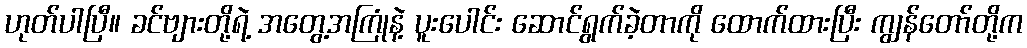
ဟုတ်ပါပြီ။ ခင်ဗျားတို့ရဲ့ အတွေ့အကြုံနဲ့ ပူးပေါင်း ဆောင်ရွက်ခဲ့တာကို ထောက်ထားပြီး ကျွန်တော်တို့က